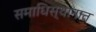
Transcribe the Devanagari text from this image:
समाधिस्थानात